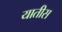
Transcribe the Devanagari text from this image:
यातीस